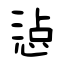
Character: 惉